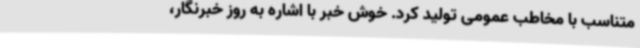
متناسب با مخاطب عمومی تولید کرد. خوش خبر با اشاره به روز خبرنگار،